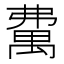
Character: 𥝃